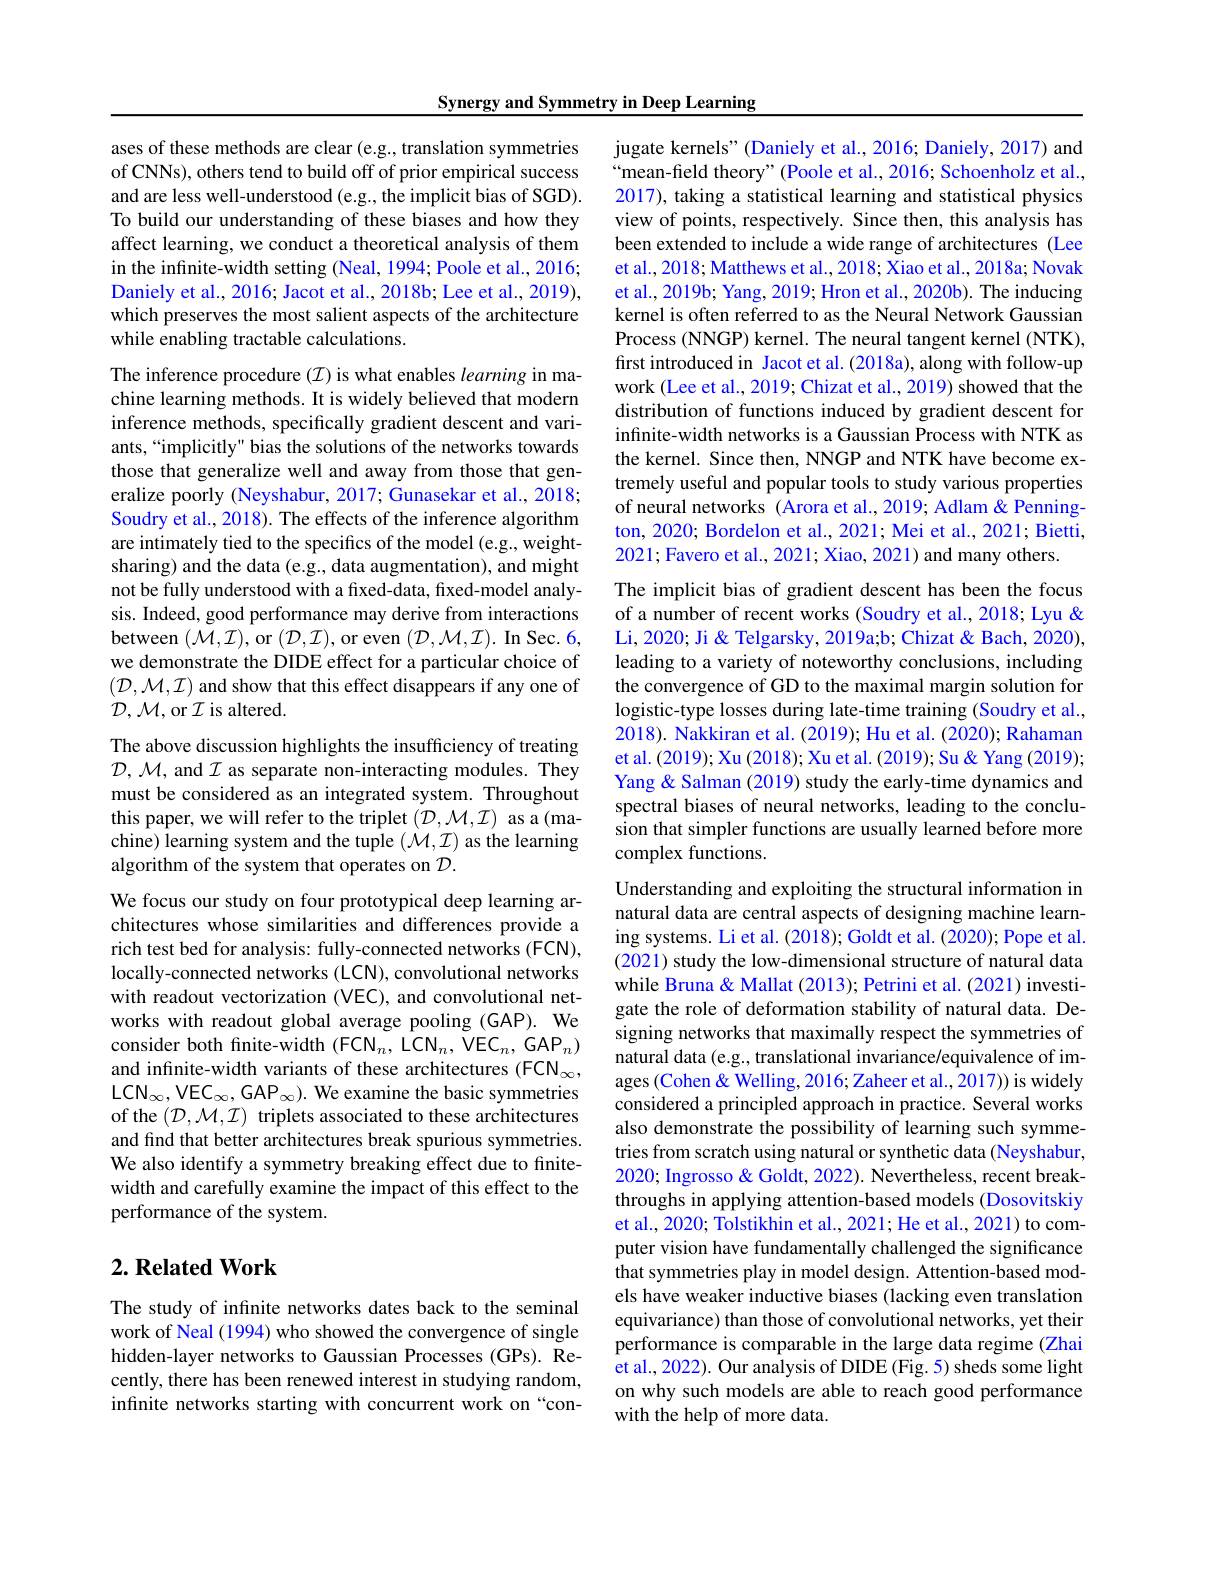
Synergy and Symmetry in Deep Learning

ases of these methods are clear (e.g., translation symmetries of CNNs), others tend to build off of prior empirical success and are less well-understood (e.g., the implicit bias of SGD). To build our understanding of these biases and how they affect learning, we conduct a theoretical analysis of them in the infinite-width setting (Neal, 1994; Poole et al., 2016; Daniely et al., 2016; Jacot et al., 2018b; Lee et al., 2019), which preserves the most salient aspects of the architecture while enabling tractable calculations.

The inference procedure $(\mathcal{I})$ is what enables learning in machine learning methods. It is widely believed that modern inference methods, specifically gradient descent and variants,“implicitly" bias the solutions of the networks towards those that generalize well and away from those that generalize poorly (Neyshabur, 2017; Gunasekar et al., 2018; Soudry et al., 2018). The effects of the inference algorithm are intimately tied to the specifics of the model (e.g., weightsharing) and the data (e.g., data augmentation), and might not be fully understood with a fixed-data, fixed-model analysis. Indeed, good performance may derive from interactions between $(\mathcal{M},\mathcal{I})$,or $(\mathcal{D},\mathcal{I})$,or even $(\mathcal{D},\mathcal{M},\mathcal{I}).$ In Sec. 6, we demonstrate the DIDE effect for a particular choice of $(\mathcal{D},\mathcal{M},\mathcal{I})$ and show that this effect disappears if any one of ${\mathcal{D}},{\mathcal{M}}$,or ${\mathcal{I}}$ is altered.

The above discussion highlights the insufficiency of treating $\mathcal{D},\mathcal{M}$, and $\mathcal{I}$ as separate non-interacting modules. They must be considered as an integrated system. Throughout this paper, we will refer to the triplet $(\mathcal{D},\mathcal{M},\mathcal{I})$ as a(machine) learning system and the tuple $(\dot{\mathcal{M}},\mathcal{I})$ as the learning algorithm of the system that operates on $\mathcal{D}.$

We focus our study on four prototypical deep learning architectures whose similarities and differences provide a rich test bed for analysis: fully-connected networks (FCN), locally-connected networks (LCN), convolutional networks with readout vectorization (VEC), and convolutional networks with readout global average pooling (GAP). We consider both finite-width (FCN$_n$,LCN$_n$,VEC$_n$,GAP$_n)$ and infınite-width variants of these architectures (FCN$_\infty$, LCN$_\infty$,VEC$_\infty$,GAP$_\infty).$ We examine the basic symmetries of the $(\mathcal{D},\mathcal{M},\mathcal{I})$ triplets associated to these architectures and find that better architectures break spurious symmetries. We also identify a symmetry breaking effect due to finitewidth and carefully examine the impact of this effect to the performance of the system.

## $2. \textbf{Related Work}$

The study of infinite networks dates back to the seminal work of Neal (1994) who showed the convergence of single hidden-layer networks to Gaussian Processes (GPs). Recently, there has been renewed interest in studying random, infinite networks starting with concurrent work on “con-

jugate kernels" (Daniely et al., 2016; Daniely, 2017) and “mean-field theory" (Poole et al., 2016; Schoenholz et al., 2017), taking a statistical learning and statistical physics view of points, respectively. Since then, this analysis has been extended to include a wide range of architectures (Lee et al., 2018; Matthews et al., 2018; Xiao et al., 2018a; Novak et al., 2019b; Yang, 2019; Hron et al., 2020b). The inducing kernel is often referred to as the Neural Network Gaussian Process (NNGP) kernel. The neural tangent kernel (NTK), first introduced in Jacot et al. (2018a), along with follow-up work (Lee et al., 2019; Chizat et al., 2019) showed that the distribution of functions induced by gradient descent for infınite-width networks is a Gaussian Process with NTK as the kernel. Since then, NNGP and NTK have become extremely useful and popular tools to study various properties of neural networks (Arora et al.,2019; Adlam & Pennington, 2020; Bordelon et al., 2021; Mei et al., 2021; Bietti, 2021; Favero et al., 2021; Xiao, 2021) and many others.

The implicit bias of gradient descent has been the focus of a number of recent works (Soudry et al., 2018; Lyu & Li, 2020; Ji & Telgarsky, 2019a;b; Chizat & Bach, 2020), leading to a variety of noteworthy conclusions, including the convergence of GD to the maximal margin solution for logistic-type losses during late-time training (Soudry et al., 2018). Nakkiran et al. (2019); Hu et al. (2020); Rahaman et al. (2019); Xu (2018); Xu et al. (2019); Su & Yang (2019); Yang & Salman (2019) study the early-time dynamics and spectral biases of neural networks, leading to the conclusion that simpler functions are usually learned before more complex functions.

Understanding and exploiting the structural information in natural data are central aspects of designing machine learning systems. Li et al. (2018); Goldt et al. (2020); Pope et al. (2021) study the low-dimensional structure of natural data while Bruna& Mallat (2013); Petrini et al. (2021) investigate the role of deformation stability of natural data. Designing networks that maximally respect the symmetries of natural data (e.g., translational invariance/equivalence of images (Cohen & Welling, 2016; Zaheer et al., 2017)) is widely considered a principled approach in practice. Several works also demonstrate the possibility of learning such symmetries from scratch using natural or synthetic data (Neyshabur, 2020; Ingrosso & Goldt, 2022). Nevertheless, recent breakthroughs in applying attention-based models (Dosovitskiy et al., 2020; Tolstikhin et al., 2021; He et al., 2021) to computer vision have fundamentally challenged the significance that symmetries play in model design. Attention-based models have weaker inductive biases (lacking even translation equivariance) than those of convolutional networks, yet their performance is comparable in the large data regime (Zhai et al., 2022). Our analysis of DIDE (Fig. 5) sheds some light on why such models are able to reach good performance with the help of more data.